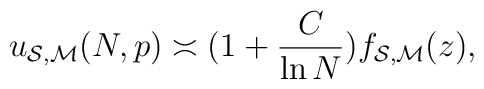
\protectu_{{\cal{S}},{\cal{M}}}(N,p) \asymp(1 + {\frac{C}{\ln N}}) f_{{\cal{S}},{\cal{M}}}(z),